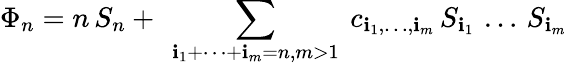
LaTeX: \Phi_{n}=n\, S_{n}+\ \sum_{\mathbf{i}_{1}+\dots+\mathbf{i}_{m}=n,m>1}\ c_{\mathbf{i}_{1},\dots,\mathbf{i}_{m}}\, S_{\mathbf{i}_{1}}\, \dots\, S_{\mathbf{i}_{m}}